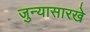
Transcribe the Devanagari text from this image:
जुन्यासारखे